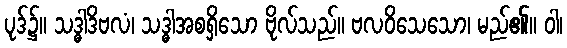
ပုဒ်၌။ သဒ္ဓါဒိဗလံ၊ သဒ္ဓါအစရှိသော ဗိုလ်သည်။ ဗလဝိသေသော၊ မည်၏။ ဝါ၊